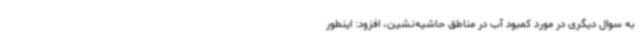
به سوال دیگری در مورد کمبود آب در مناطق حاشیه‌نشین، افزود: اینطور